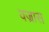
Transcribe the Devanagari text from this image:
वज्रास